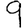
Digit: 9